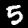
Digit: 5